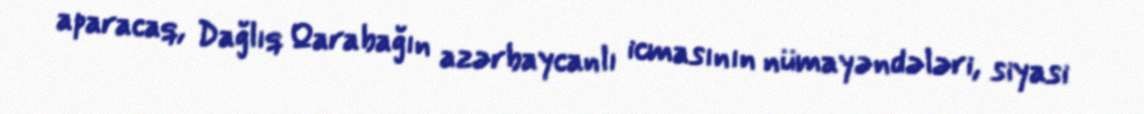
aparacaq, Dağlıq Qarabağın azərbaycanlı icmasının nümayəndələri, siyasi